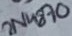
Text: 2N4870